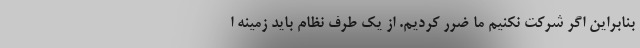
بنابراین اگر شرکت نکنیم ما ضرر کردیم. از یک طرف نظام باید زمینه ا